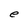
Character: e